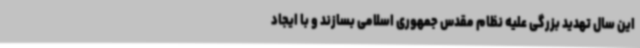
این سال تهدید بزرگی علیه نظام مقدس جمهوری اسلامی بسازند و با ایجاد